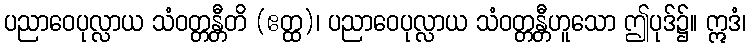
ပညာဝေပုလ္လာယ သံဝတ္တန္တီတိ (ဧတ္ထ)၊ ပညာဝေပုလ္လာယ သံဝတ္တန္တီဟူသော ဤပုဒ်၌။ ဣဒံ၊